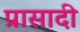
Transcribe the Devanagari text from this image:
प्रासादी